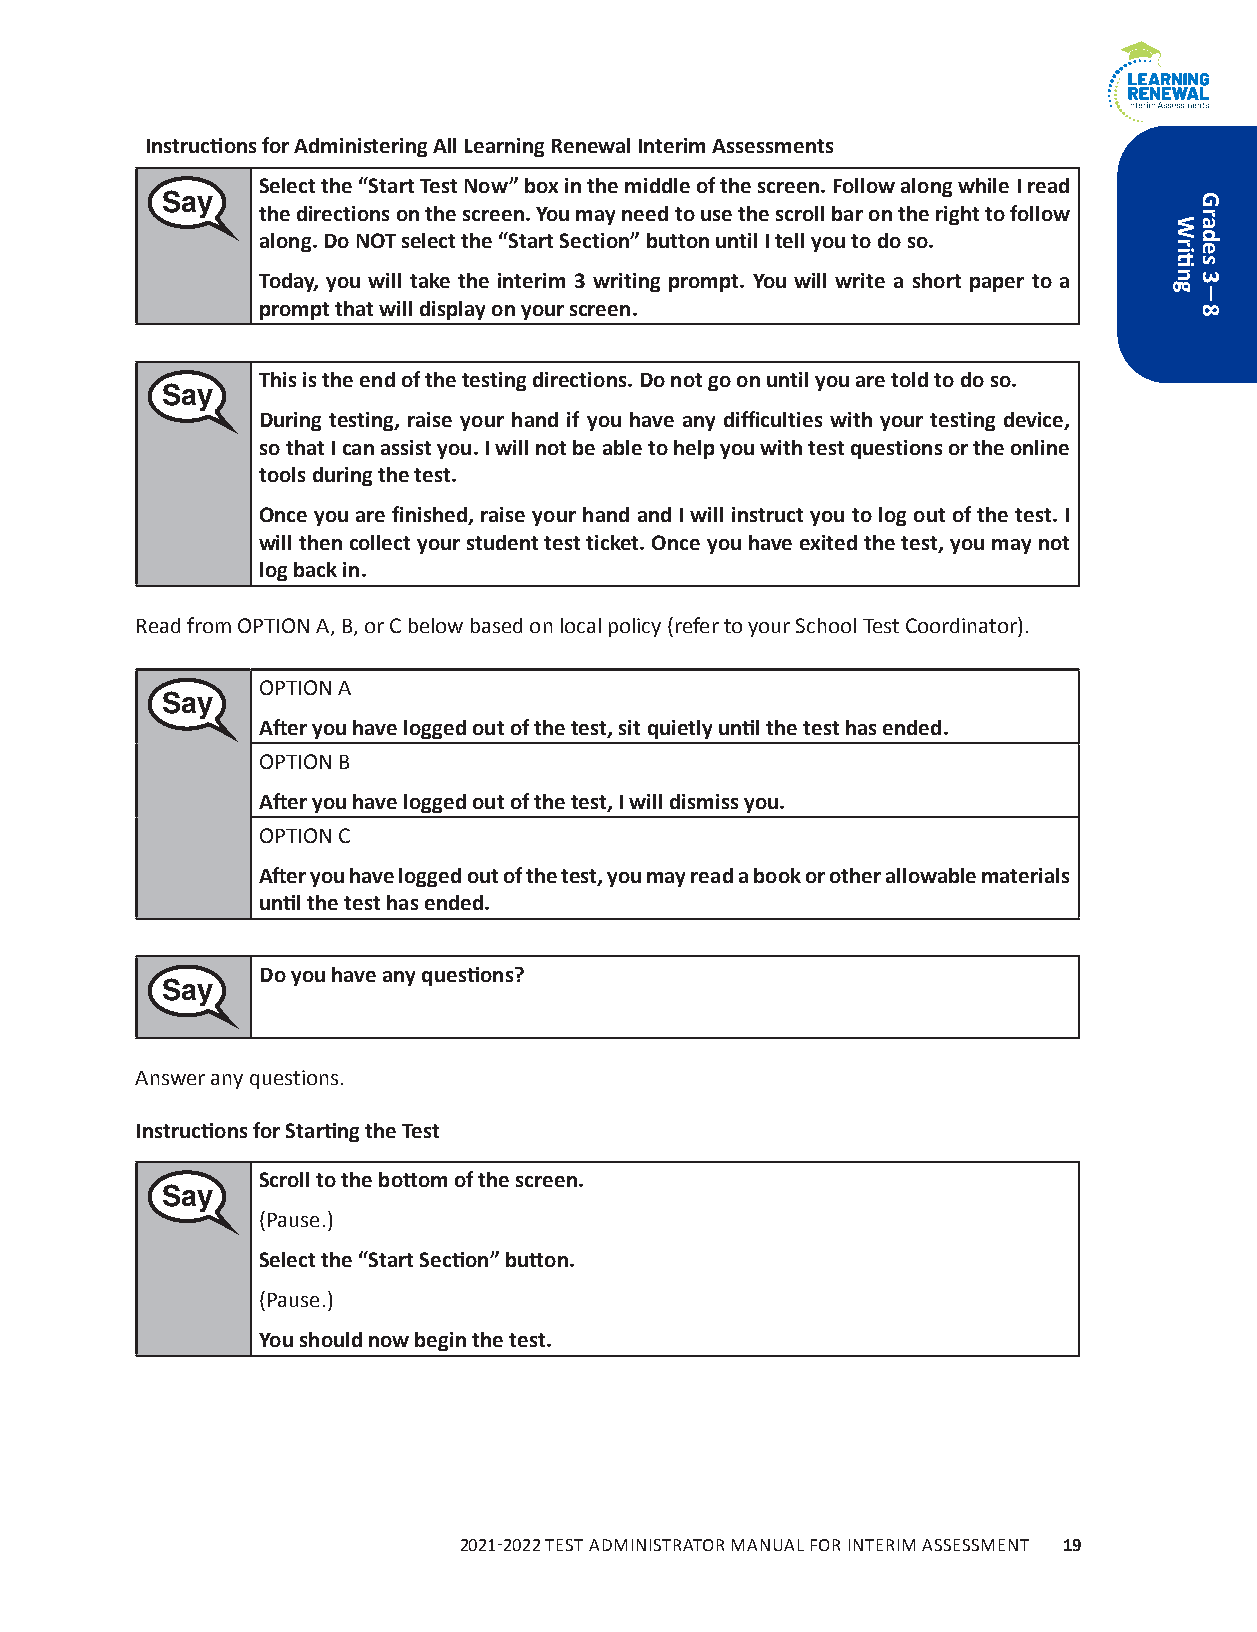
Instructions for Administering All Learning Renewal Interim Assessments
 Select the “Start Test Now” box in the middle of the screen. Follow along while I read
 Say
 the directions on the screen. You may need to use the scroll bar on the right to follow
 along. Do NOT select the “Start Section” button until I tell you to do so.
 Today, you will take the interim 3 writing prompt. You will write a short paper to a
 prompt that will display on your screen.
 This is the end of the testing directions. Do not go on until you are told to do so.
 Say
 During testing, raise your hand if you have any difficulties with your testing device,
 so that I can assist you. I will not be able to help you with test questions or the online
 tools during the test.
 Once you are finished, raise your hand and I will instruct you to log out of the test. I
 will then collect your student test ticket. Once you have exited the test, you may not
 log back in.
 Read from OPTION A, B, or C below based on local policy (refer to your School Test Coordinator).
 OPTION A
 Say
 After you have logged out of the test, sit quietly until the test has ended.
 OPTION B
 After you have logged out of the test, I will dismiss you.
 OPTION C
 After you have logged out of the test, you may read a book or other allowable materials
 until the test has ended.
 Do you have any questions?
 Say
 Answer any questions.
 Instructions for Starting the Test
 Scroll to the bottom of the screen.
 Say
 (Pause.)
 Select the “Start Section” button.
 (Pause.)
 You should now begin the test.
 2021-2022 TEST ADMINISTRATOR MANUAL FOR INTERIM ASSESSMENT 19
 Writing
 Grades
 3−8